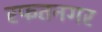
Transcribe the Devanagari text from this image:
रफतनगर